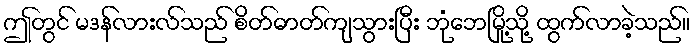
ဤတွင် မဒန်လားလ်သည် စိတ်ဓာတ်ကျသွားပြီး ဘုံဘေမြို့သို့ ထွက်လာခဲ့သည်။